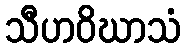
သီဟဝိဃာသံ